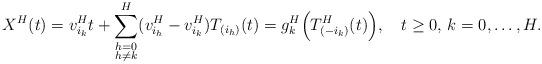
LaTeX: \begin{align*}X^H(t) = v_{i_k}^H t+\sum_{\substack{h=0\\h\not=k}}^H (v_{i_h}^H-v_{i_k}^H) T_{(i_h)}(t) = g_k^H\Bigl(T_{(-i_k)}^H(t)\Bigr), \ \ \ t\ge0,\, k=0,\dots, H.\end{align*}